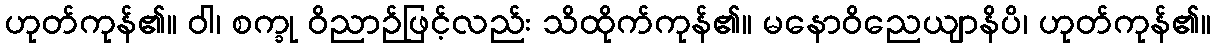
ဟုတ်ကုန်၏။ ဝါ၊ စက္ခု ဝိညာဉ်ဖြင့်လည်း သိထိုက်ကုန်၏။ မနောဝိညေယျာနိပိ၊ ဟုတ်ကုန်၏။